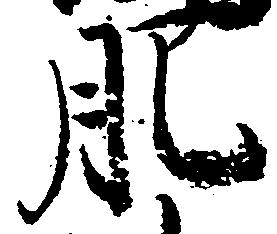
肥